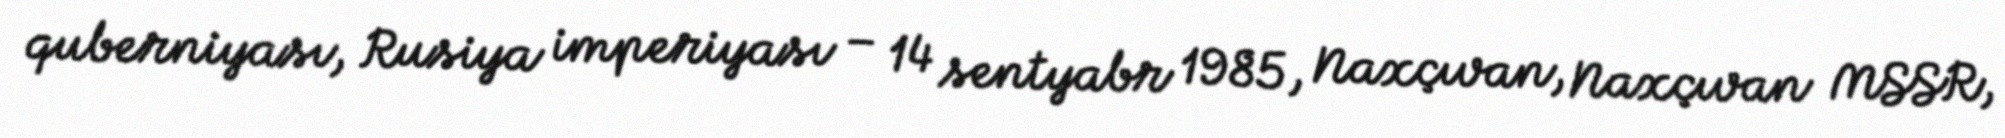
quberniyası, Rusiya imperiyası – 14 sentyabr 1985, Naxçıvan, Naxçıvan MSSR,